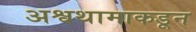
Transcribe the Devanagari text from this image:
अश्वथामाकडून